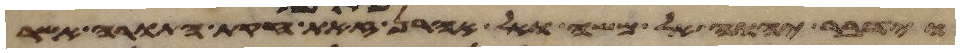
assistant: וידבר יהוה אל משה ואל אהרן לאמר זאת חקות התורה אשר